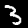
Label: 3